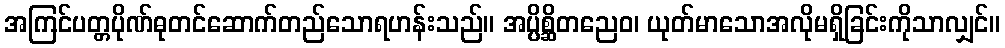
အကြင်ပတ္တပိုဏ်ဓုတင်ဆောက်တည်သောရဟန်းသည်။ အပ္ပိစ္ဆိတညေဝ၊ ယုတ်မာသောအလိုမရှိခြင်းကိုသာလျှင်။